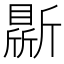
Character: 𣃊